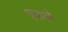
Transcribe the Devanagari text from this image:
एकले